Bréfritari: Sigríður Pálsdóttir
Viðtakandi: Páll Pálsson
Dagsetning: A-1868-06-18
Skrifað á: Breiðabólsstað  Rang.
Páll var bróðir Sigríðar

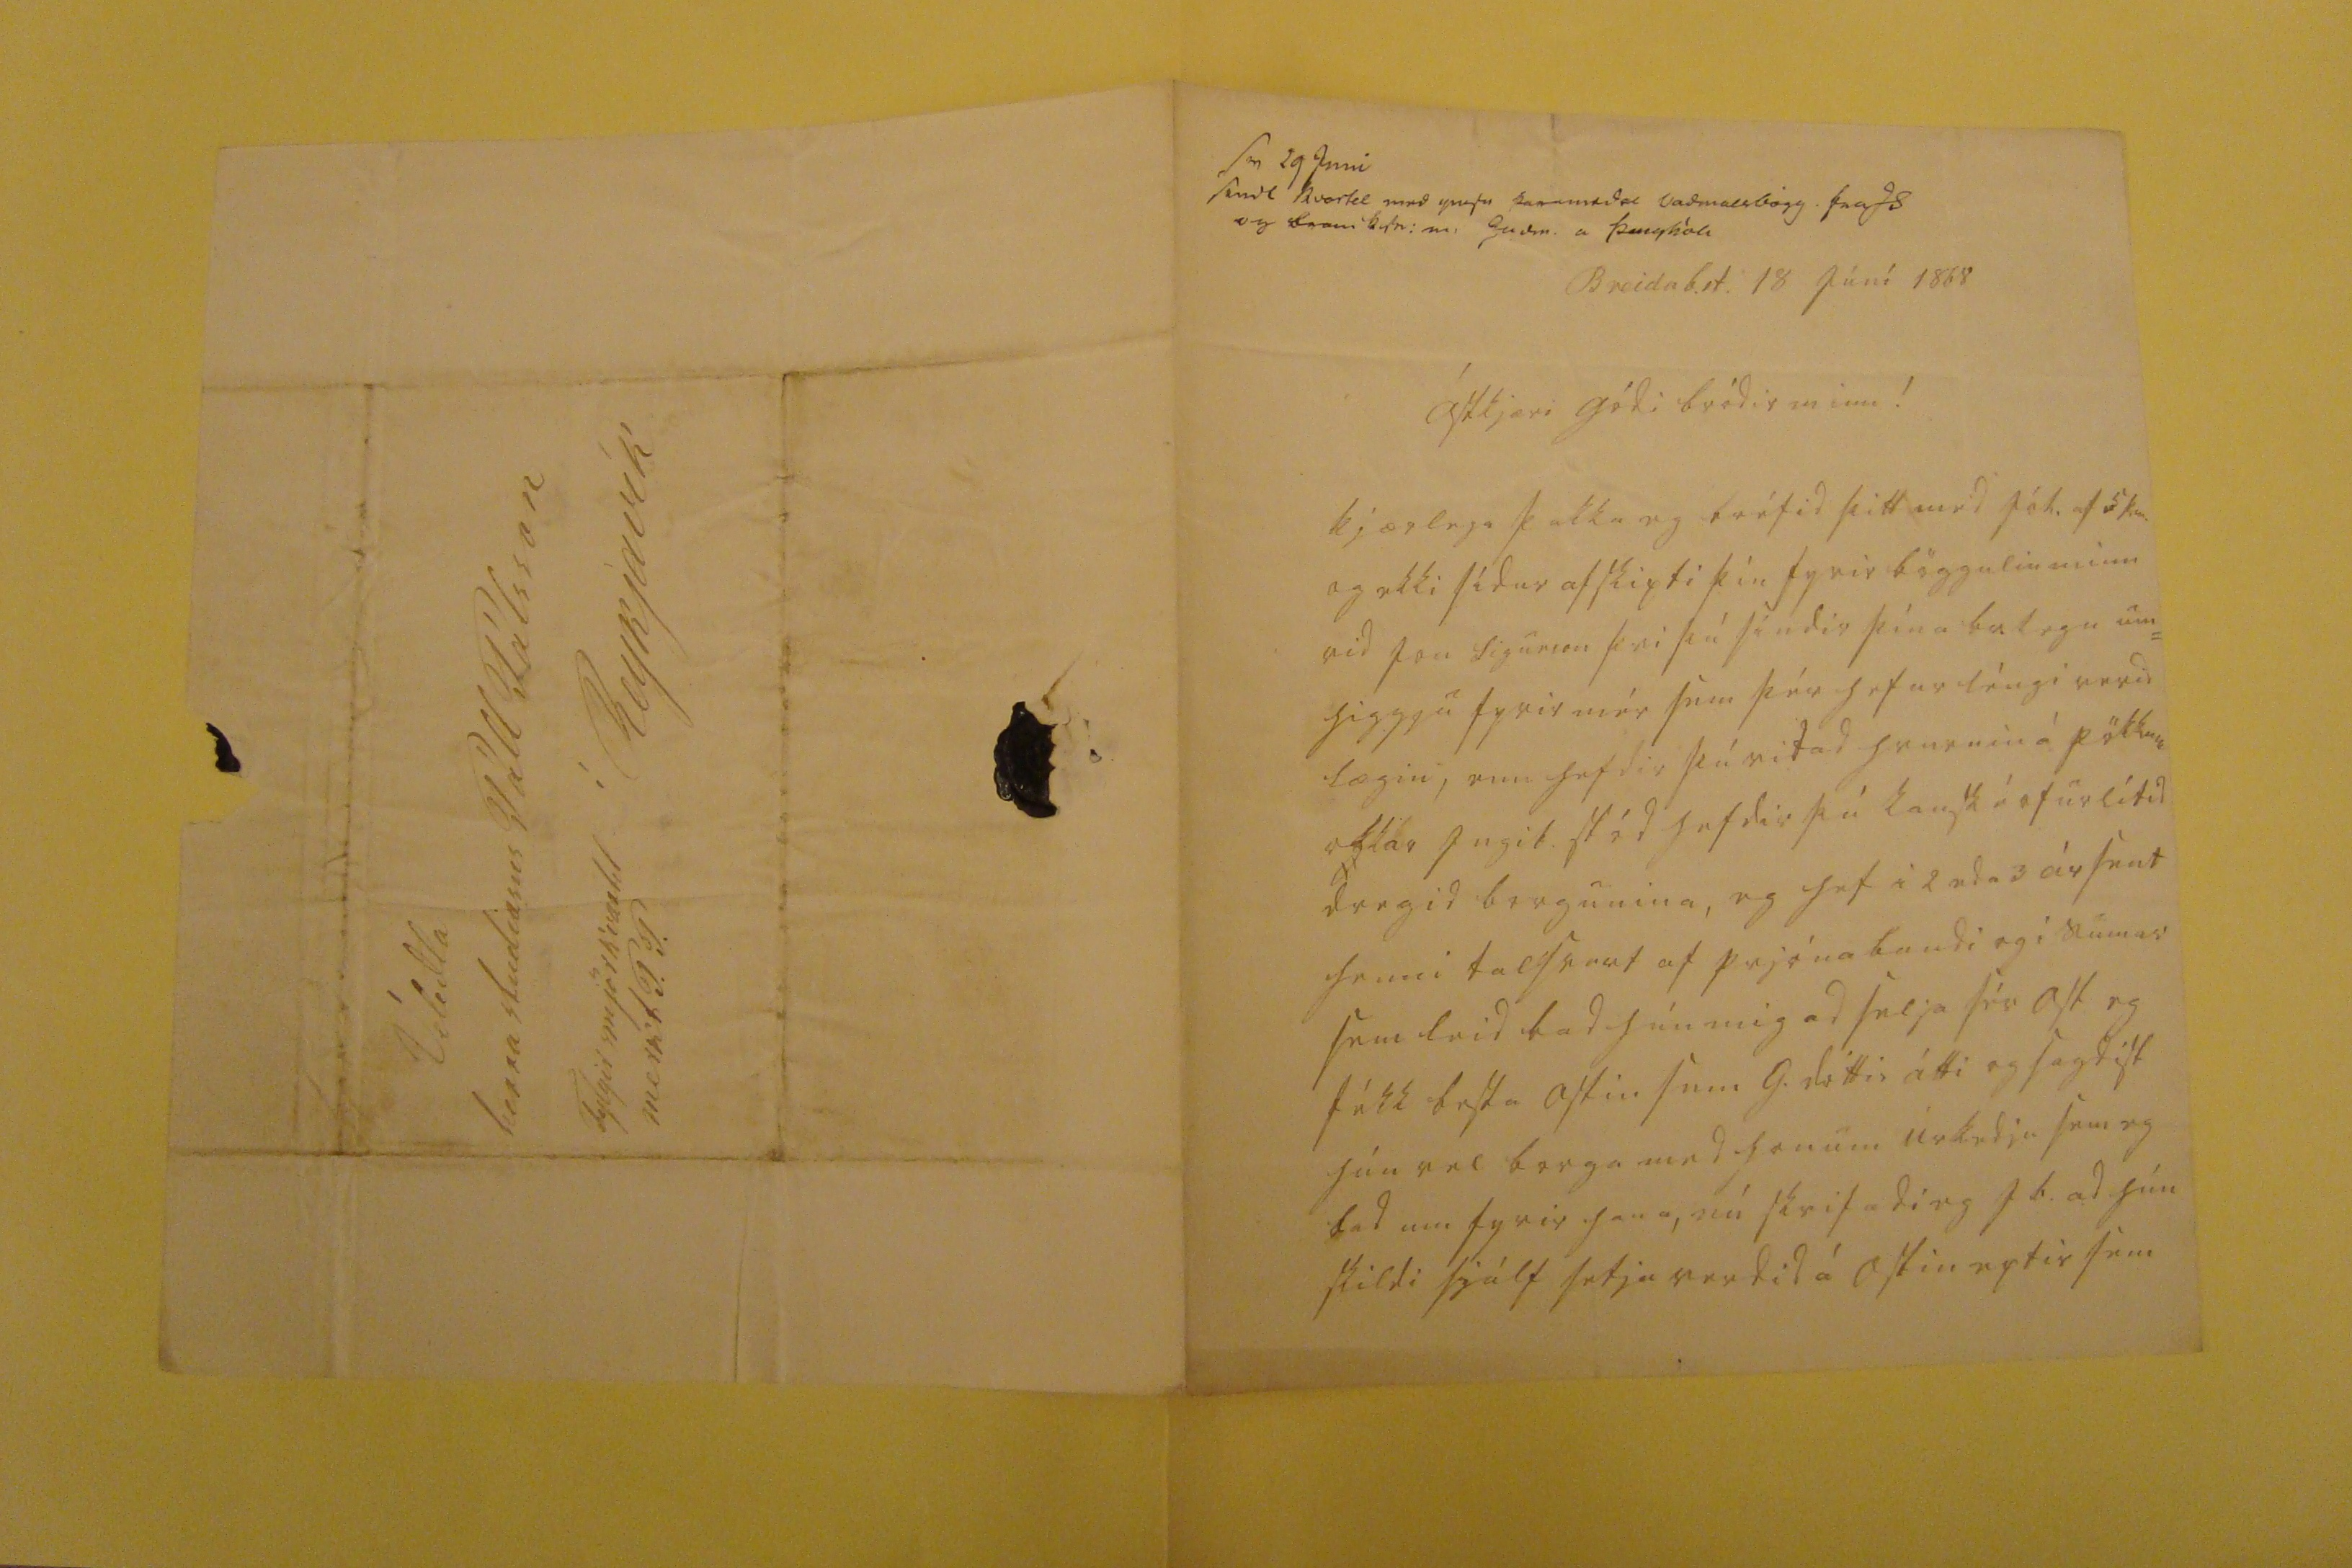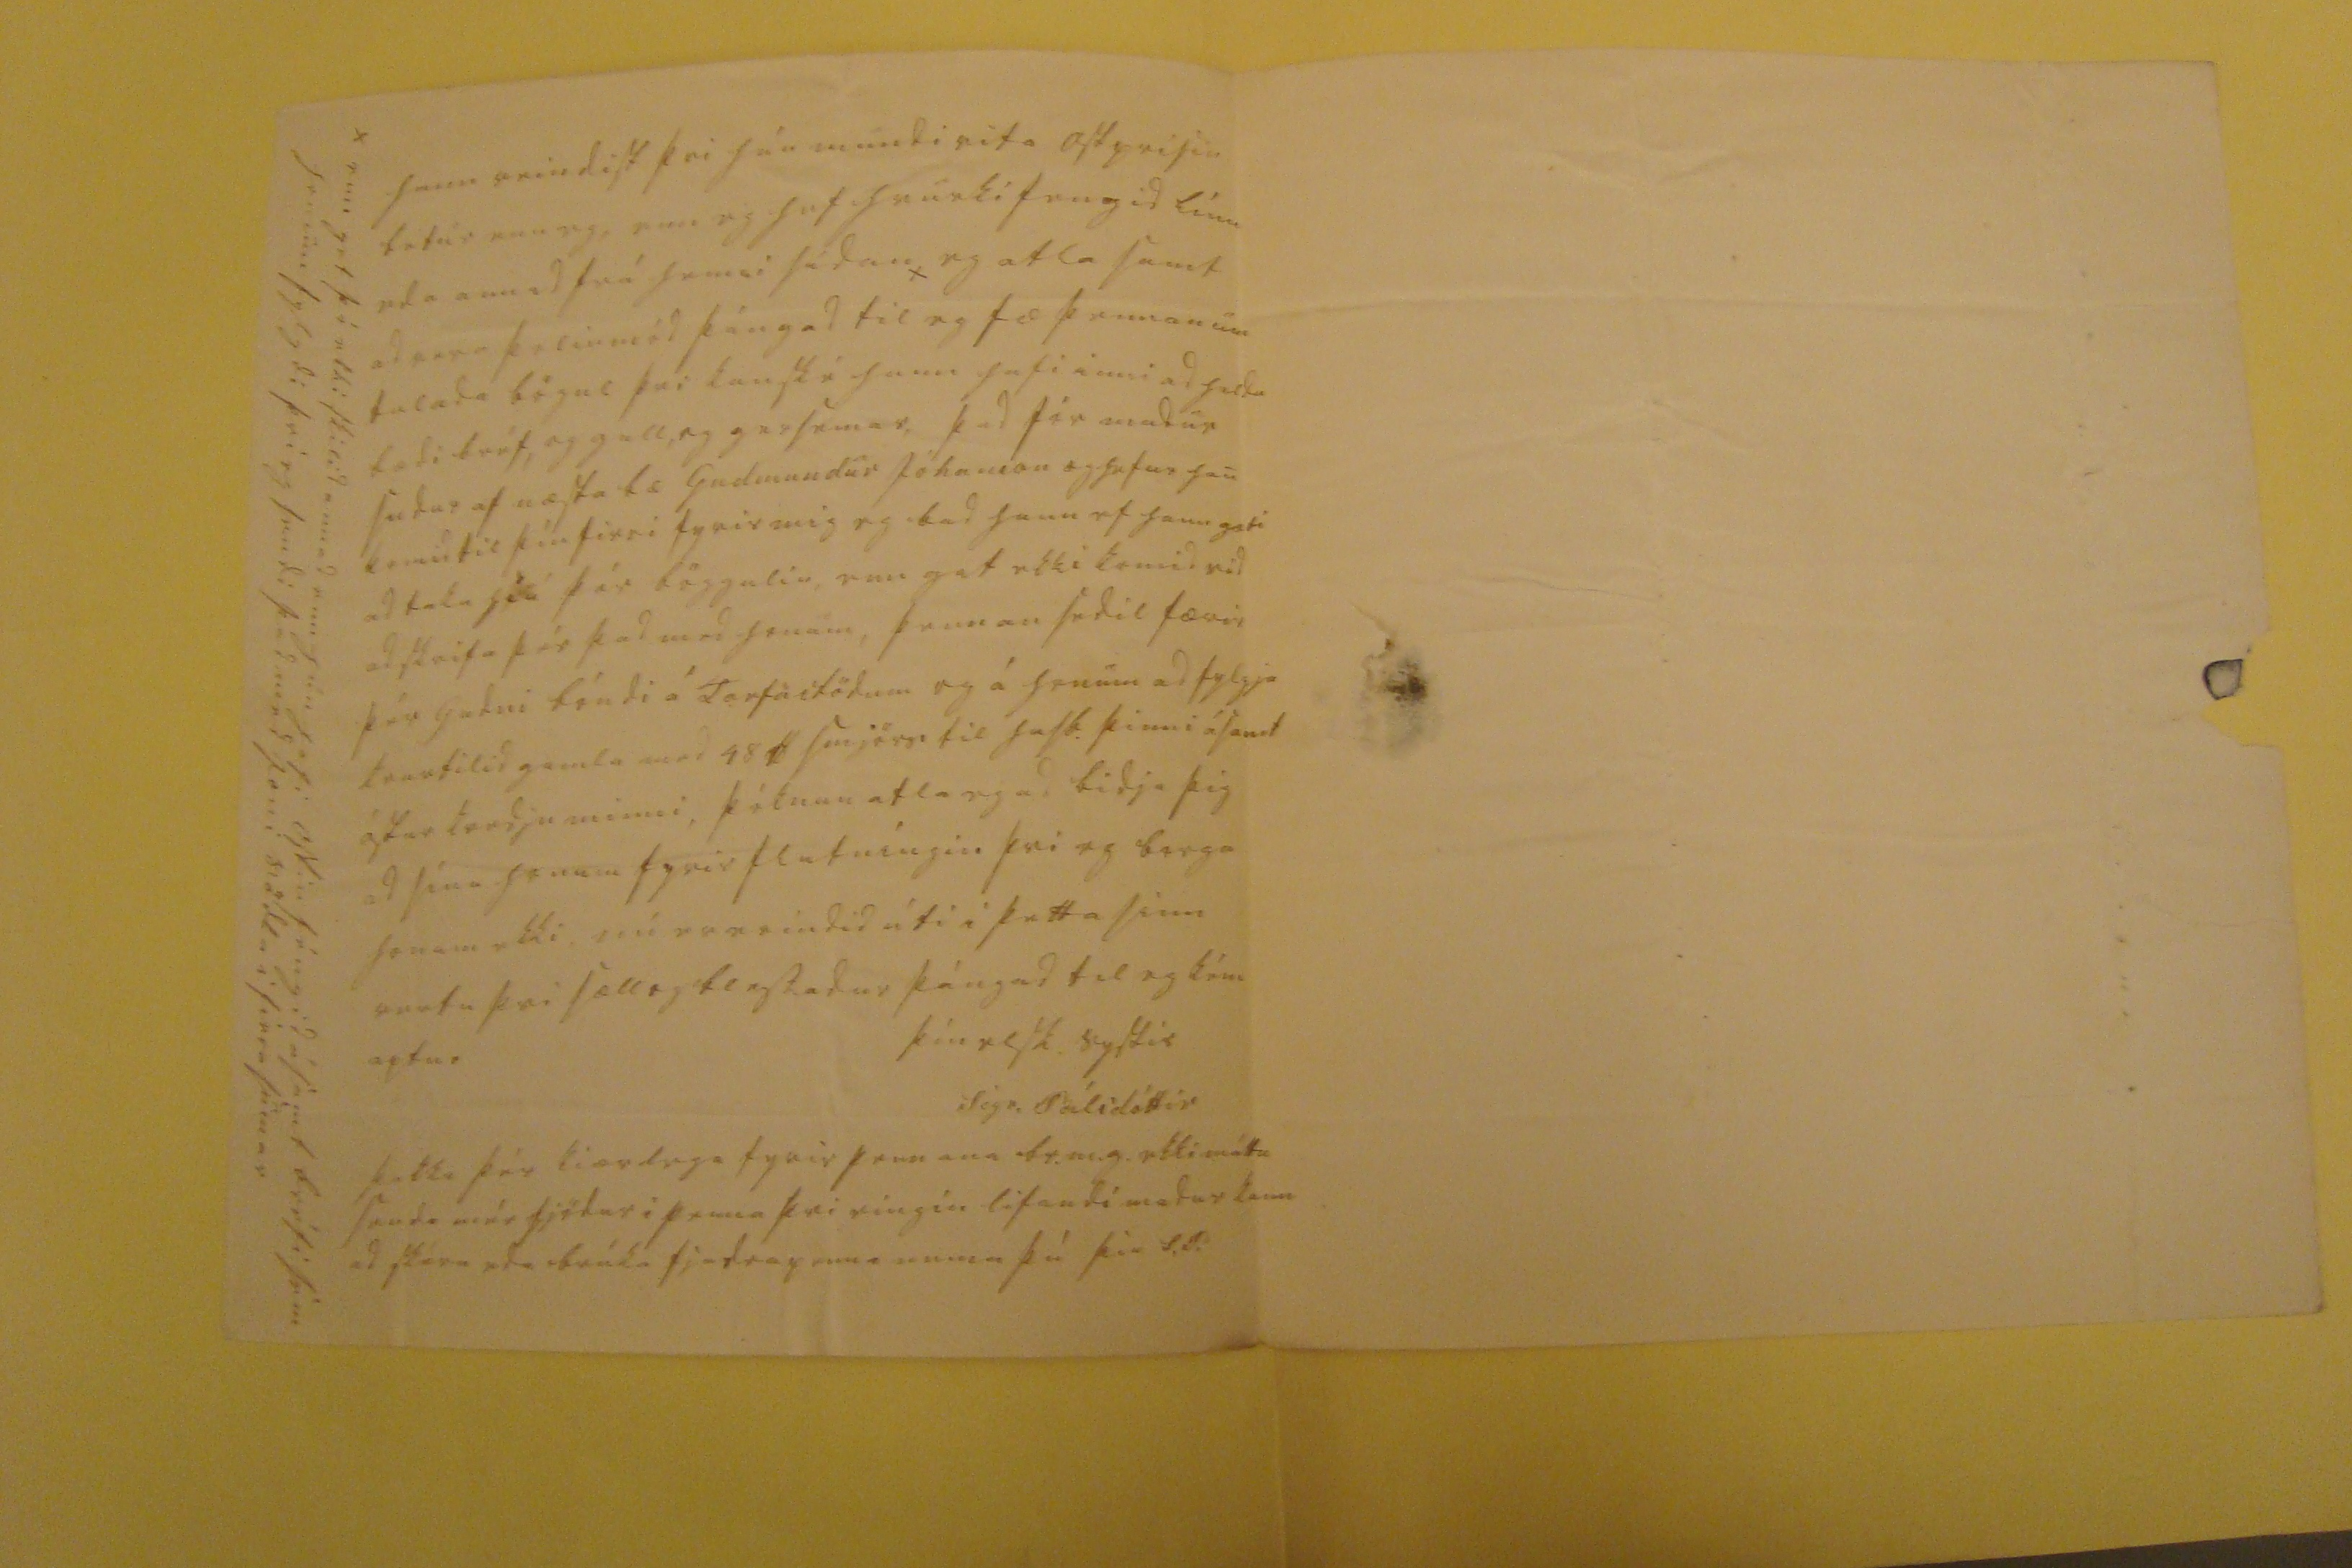

sv 29 juni sendt kvartil med misu ka0am0da vadmalsbo0g 00a0s og b00m k sn: m Gudm. a Þinghóli
Breidab.st. 18 Júní 1868
Ástkjæri gódi bródir minn!
kjærlega þakka eg bréfid þitt med Jóh. af 5 þ.m. og ekki sídur afskipti þín fyrir böggulin minn vid Jon Sigurson þvi þú síndir þína balegu um= higgju fyrir mér sem þér hefur léngi verid lægin, enn hefdir þú vitad hvurnin á pökkum okkar Ingib. stód hefdir þú kanské ofurlítid dregid borgunina, eg hef i 2 eda 3 ár sent henni talsvert af prjónabandi og i sumar sem leid bad hún mig ad selja sér alt eg fékk besta ostin sem G. dóttir átti og sagdist hún vel borga med honum úrkedju sem eg bad um fyrir hana, nú skrifadi eg I b. ad hún skildi sjálf setja verdid á ostin eptir sem
hann reindist þvi hún mundi vita ostprisin betur enn eg, enn eg hef hvurki fengid línu eda annad frá henni sídan eg atla samt ad vera þolinmód þángad til eg fæ þennan um talada bögul þvi kanské hann hafi inni ad halda bædi bréf, og gull, og gersemar, þad fór madur sudur af næsta bæ Gudmundur Jóhanson og hefur han komid til þín firri fyrir mig eg bad hann ef hann gæti ad taka hiá þér böggulin, enn gat ekki komid vid ad skrifa þér þad med honum, þennan sedil færir þér Gudni bóndi á Torfastödum og á honum ad fylgja kvartilid gamla med 48 lb smjörs til husb. þinni ásamt ástar kvedju minni, þóknun atla eg ad bidja þig ad sína honum fyrir flutníngin þvi eg borga honum ekki, nú er erindid úti i þetta sinn vertu þvi sæll og blessadur þángad til eg kém aptur
þín elsk. systir
Sigr. Pálsdóttir
þakka þér kiærlega fyrir pennana br.m.g. ekki máttu senda mér fjödur i penna þvi eíngín lifandi madur kann ad skéra eda brúka fjadrapenna nema þú þin S.P.
enn get þó ekki skilid annad enn hún hafi ostin féngid ásamt bréfi sem honum fylgdi þvi eg sendi þad med Joni Vödla i firra sumar
0ílidla
herra studiosus Páll Pálsson í Reykjavík Fylgir smjörkvartil merkt P.P.